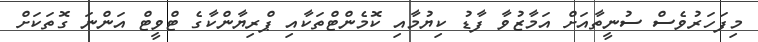
މިފަހަރުވެސް ސުނީތާއަށް އަމާޒުވާ ފާޑު ކިޔުމާއި ކޮމެންޓްތަކާއި ޕްރިޔާންކާގެ ޓްވީޓް އަންނަ ގޮތަކަށް